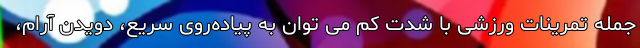
جمله تمرینات ورزشی با شدت کم می توان به پیاده‌روی سریع، دویدن آرام،